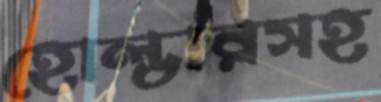
হোল্ডারসহ